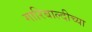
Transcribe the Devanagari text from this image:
गारिबाल्दीच्या